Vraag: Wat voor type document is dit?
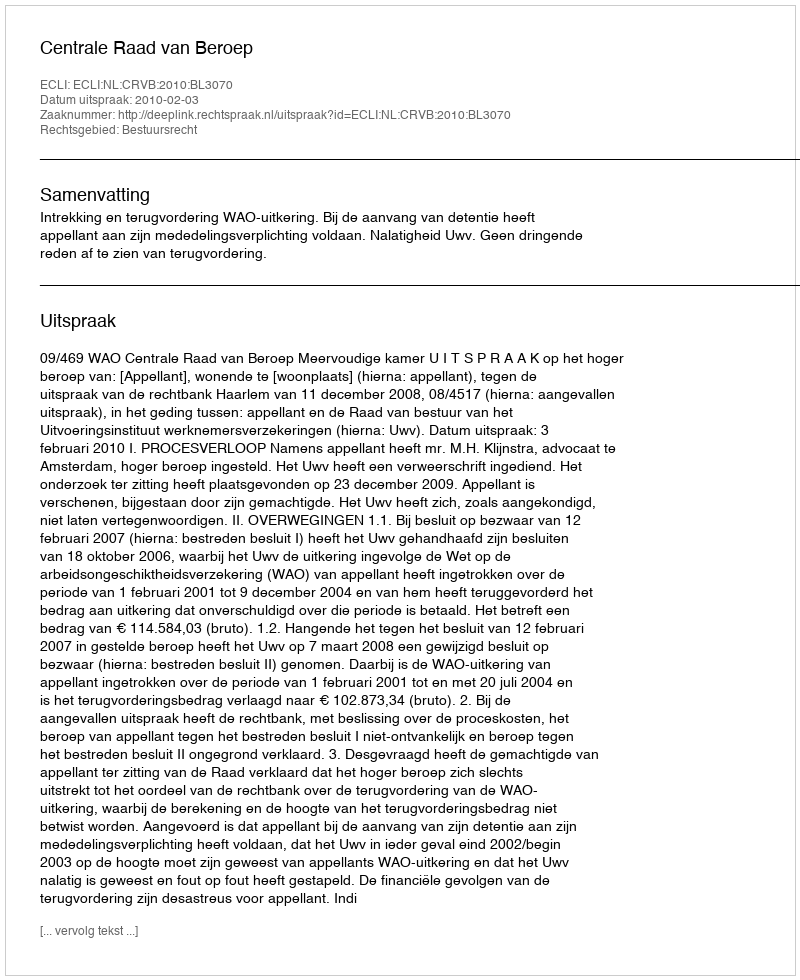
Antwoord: Uitspraak